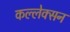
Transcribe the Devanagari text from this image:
कल्लेक्सन